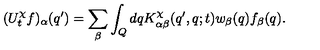
( U _ { t } ^ { \chi } f ) _ { \alpha } ( q ^ { \prime } ) = \sum _ { \beta } \int _ { Q } d q K _ { \alpha \beta } ^ { \chi } ( q ^ { \prime } , q ; t ) w _ { \beta } ( q ) f _ { \beta } ( q ) .